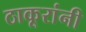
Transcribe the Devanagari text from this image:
ठाकूरांनी